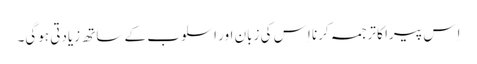
اِس پیرا کا ترجمہ کرنا اِس کی زبان اور اسلوب کے ساتھ زیادتی ہوگی۔